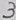
Text: 3